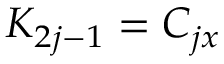
K _ { 2 j - 1 } = C _ { j x }